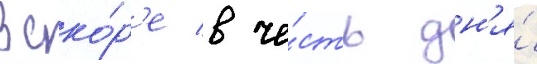
Вско́р'е в че́сть дн'я́